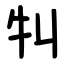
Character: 㸨